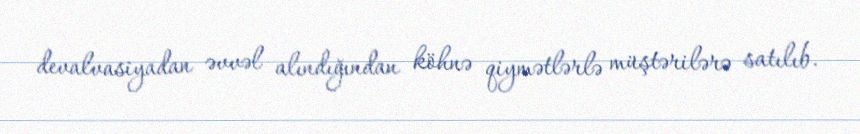
devalvasiyadan əvvəl alındığından köhnə qiymətlərlə müştərilərə satılıb.